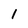
Character: 1